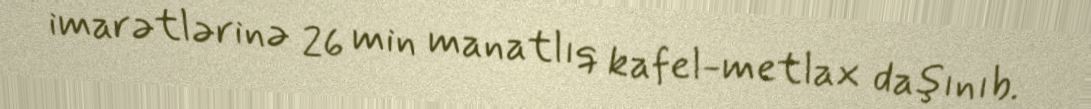
imarətlərinə 26 min manatlıq kafel-metlax daşınıb.